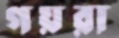
গয়রা